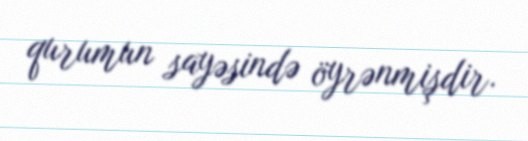
qurumun sayəsində öyrənmişdir.